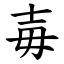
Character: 毐